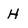
Character: H